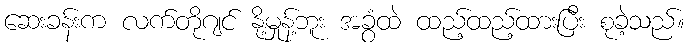
ဆေးခန်းက လက်တိုဂျင် နို့မှုန့်ဘူး အခွံထဲ ထည့်ထည့်ထားပြီး စုခဲ့သည်။